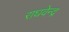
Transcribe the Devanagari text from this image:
राघवेन्‍द्र